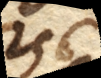
256 )